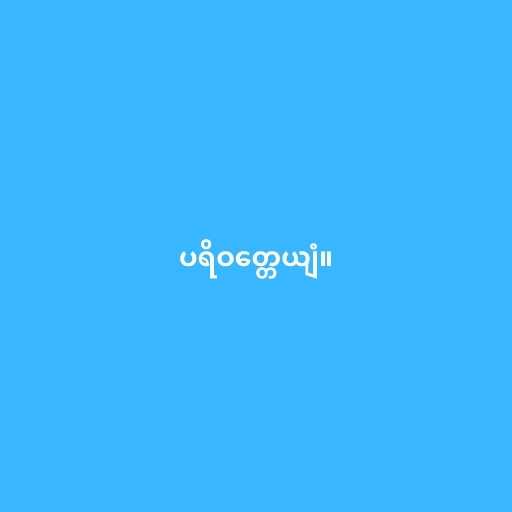
ပရိဝတ္တေယျံ။